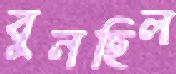
বুনছিল